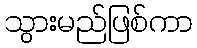
သွားမည်ဖြစ်ကာ